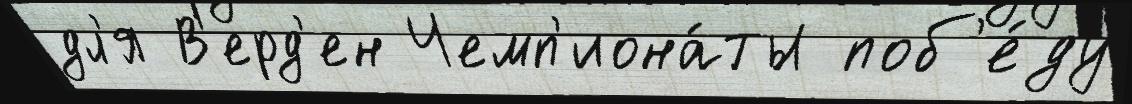
дл'я В'ерд'ен Чемп'иона́ты поб'е́ду